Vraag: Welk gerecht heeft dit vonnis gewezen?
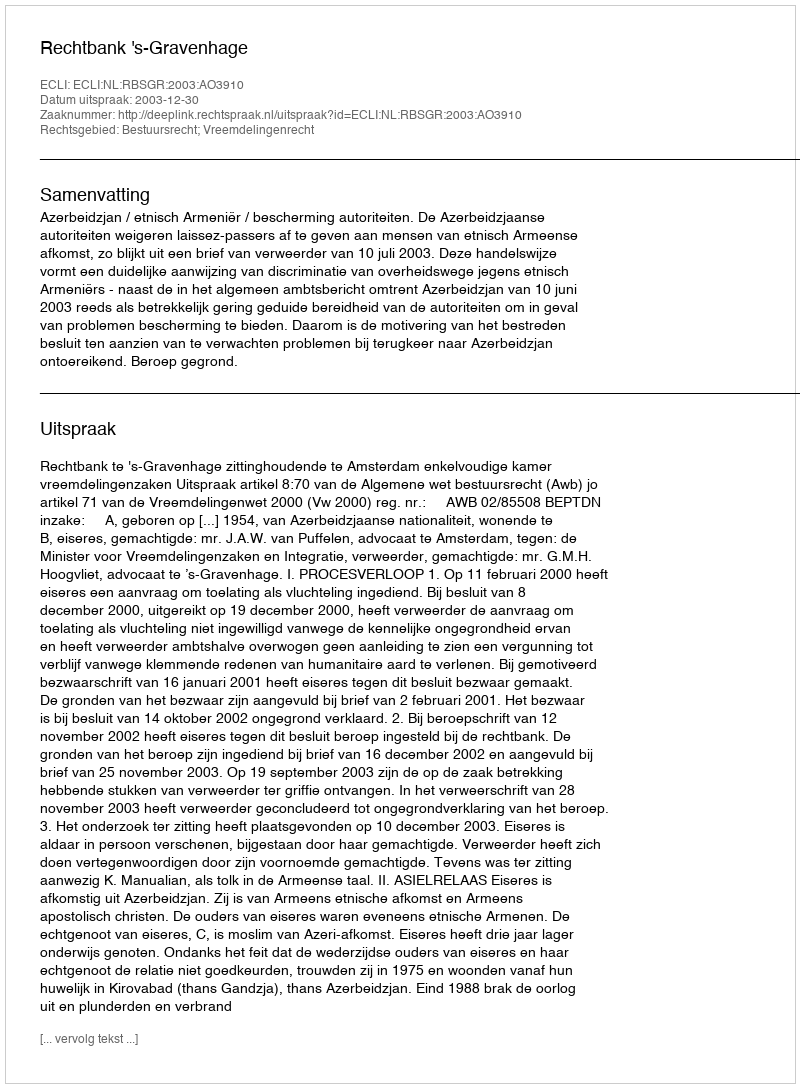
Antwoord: Rechtbank 's-Gravenhage